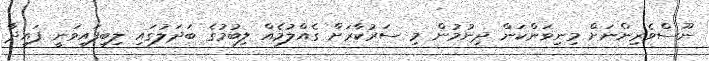
ނޫސްވެރިންނަށް މިނިވަންކަން ދިނުމުން މި ސަރުކާރަށް ގެއްލުމެއް ލިބުމުގެ ބަދަލުގައި ލިބިފައިވަނީ ފައިދާ